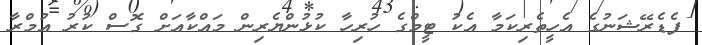
ފެޑެެރޭޝަނުގެ އެހީތެރިކަމާ އެކު ޓީމްގެ ހުރިހާ ކުޅުންޔެރިން މައްކާއަށް ގޮސް ކުރު އުމްރާ